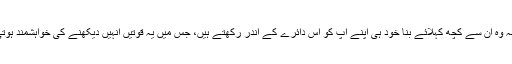
چنانچہ وہ ان سے کچھ کہلائے بنا خود ہی اپنے اپ کو اس دائرے کے اندر رکھتے ہیں، جس میں یہ قوتیں انہیں دیکھنے کی خواہشمند ہوتی ہیں۔